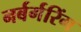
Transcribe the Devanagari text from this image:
नर्बर्गरिंग